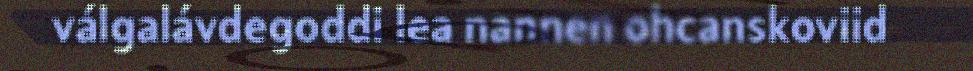
válgalávdegoddi lea nannen ohcanskoviid